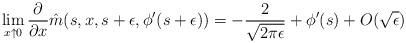
LaTeX: \begin{align*}\lim_{x \uparrow 0} \frac{\partial}{\partial x} \hat{m}(s,x,s+\epsilon,\phi'(s+\epsilon))=-\frac{2}{\sqrt{2\pi \epsilon}}+\phi'(s)+O(\sqrt{\epsilon})\end{align*}